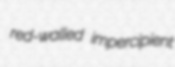
red-walled impercipient